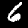
Digit: 6